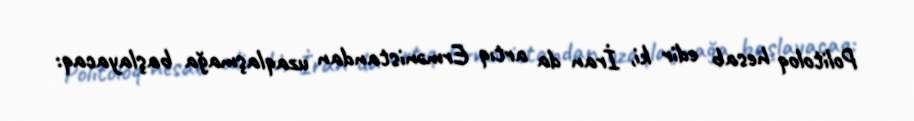
Politoloq hesab edir ki, İran da artıq Ermənistandan uzaqlaşmağa başlayacaq: